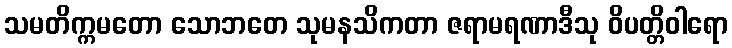
သမတိက္ကမတော သောဘတေ သုမနသိကတာ ဇရာမရဏာဒီသု ဝိပတ္တိဝါရော